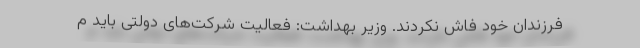
فرزندان خود فاش نکردند. وزیر بهداشت: فعالیت شرکت‌های دولتی باید م